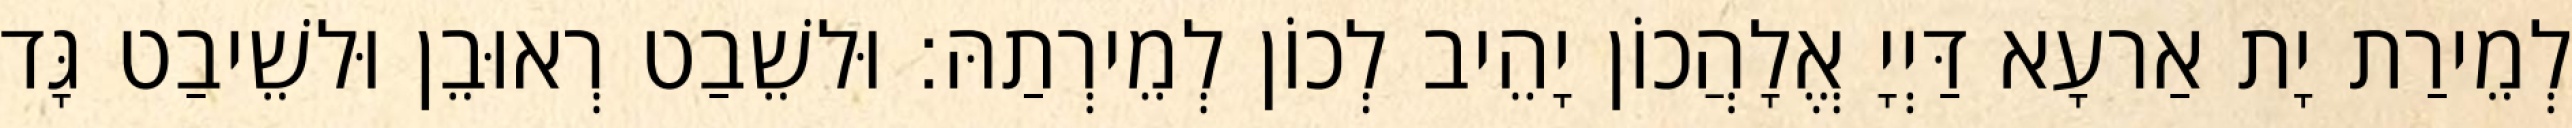
לְמֵירַת יָת אַרעָא דַּיְיָ אֱלָהֲכוֹן יָהֵיב לְכוֹן לְמֵירְתַהּ׃ וּלשֵׁבַט רְאוּבֵן וּלשֵׁיבַט גָּד